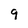
Character: 9